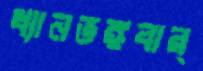
ধ্যানভঙ্গবার্